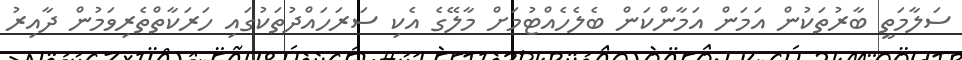
ސަލާމަތީ ބާރުތަކުން އަމަން އަމާންކަން ބެލެހެއްޓުމަށް މާލޭގެ އެކި ސަރަހައްދުތަކުގައި ހަރަކާތްތެރިވަމުން ދާއިރު